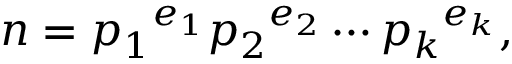
n = { p _ { 1 } } ^ { e _ { 1 } } { p _ { 2 } } ^ { e _ { 2 } } \cdots { p _ { k } } ^ { e _ { k } } ,